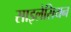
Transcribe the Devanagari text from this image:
साइलेसियन